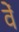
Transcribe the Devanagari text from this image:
वेें